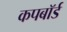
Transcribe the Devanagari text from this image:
कपबाॅर्ड